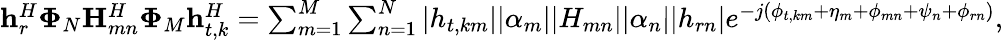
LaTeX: \begin{array}{r}{\mathbf{h}_{r}^{H}\mathbf{\Phi}_{N}\mathbf{H}_{mn}^{H}\mathbf{\Phi}_{M}\mathbf{h}_{t,k}^{H}=\sum_{m=1}^{M}\sum_{n=1}^{N}|{h}_{t,km}||\alpha_{m}||{H}_{mn}||\alpha_{n}||{h}_{rn}|e^{-j(\phi_{t,km}+\eta_{m}+\phi_{mn}+\psi_{n}+\phi_{rn})},}\end{array}